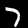
Label: 7